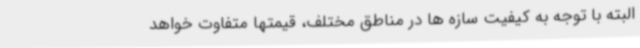
البته با توجه به کیفیت سازه ها در مناطق مختلف، قیمتها متفاوت خواهد